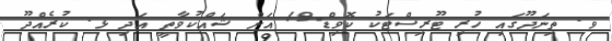
ވ. ތިނަދޫގައި ހުރި ޓޫރިސްޓަކު ކޮވިޑް-19 އަށް ޝައްކުވާތީ އަދި ޅ. ކުރެއްދޫ